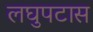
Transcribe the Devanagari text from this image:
लघुपटास